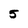
Character: 5